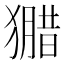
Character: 𱮢